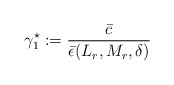
\begin{align*}\gamma_1^\star := \dfrac{\bar c}{ \bar \epsilon(L_r,M_r, \delta)}\end{align*}